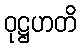
ဝုဋ္ဌဟတိ